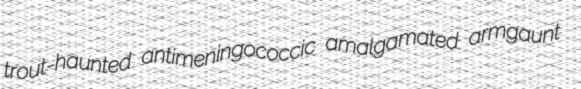
trout-haunted antimeningococcic amalgamated armgaunt